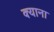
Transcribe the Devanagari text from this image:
क्याना